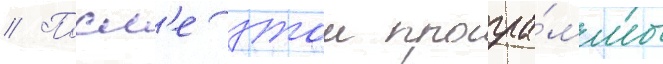
// Посл'е этои програ́ммы